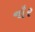
નૌર